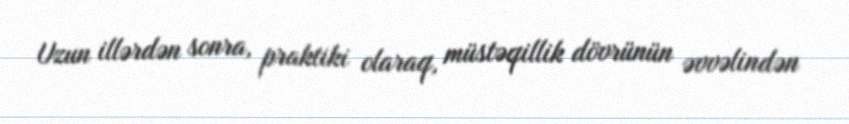
Uzun illərdən sonra, praktiki olaraq, müstəqillik dövrünün əvvəlindən